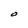
Character: O